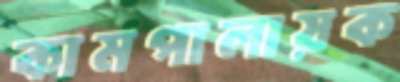
কামপালায়ক